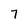
Character: 7